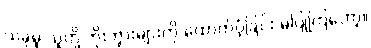
ယခုမူ သူတို့ ဘိုးဘွားများကို ထောက်ပံ့ခြင်း မပြုကြတော့။